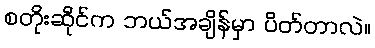
စတိုးဆိုင်က ဘယ်အချိန်မှာ ပိတ်တာလဲ။